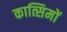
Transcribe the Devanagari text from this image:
कात्सिमों